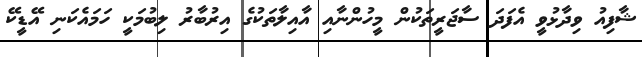
ޝާފިއު ވިދާޅުވީ އެފަދަ ސާޖަރީތަކުން މީހުންނާއި އާއިލާތަކުގެ އިރުބާރު ލިބުމަކީ ހަމައެކަނި އޭޑީކޭ